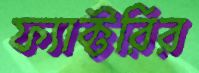
ফ্যাক্টরির